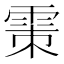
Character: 𩂴